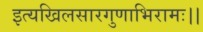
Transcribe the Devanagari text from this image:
इत्यखिलसारगुणाभिरामः।।